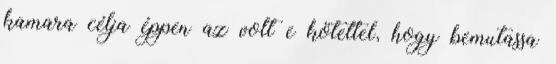
kamara célja éppen az volt e kötettel, hogy bemutassa